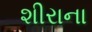
શીરાના